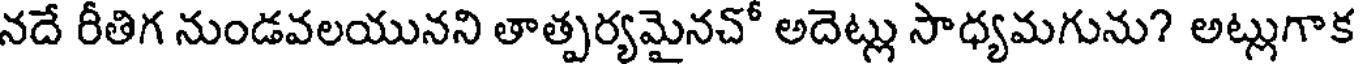
నదే రీతిగ నుండవలయునని తాత్పర్యమైనచో అదెట్లు సాధ్యమగును? అట్లుగాక